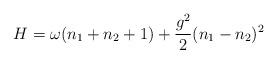
LaTeX: \begin{align*}H = \omega(n_{1} + n_{2} +1) + \frac{g^{2}}{2}(n_{1} - n_{2})^{2}\end{align*}